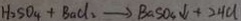
H _ { 2 } S O _ { 4 } + B a C l _ { 2 } \rightarrow B a S O _ { 4 } \downarrow + 2 4 C l